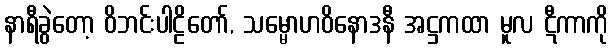
နာရီခွဲတော့ ဝိဘင်းပါဠိတော်, သမ္မောဟဝိနောဒနီ အဋ္ဌကထာ မူလ ဋီကာကို